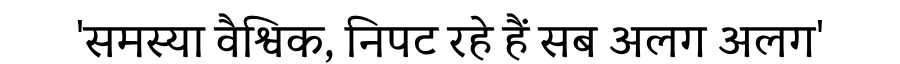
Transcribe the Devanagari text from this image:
'समस्या वैश्विक, निपट रहे हैं सब अलग अलग'